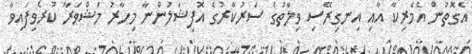
އެގޮތުން އެމެރިކާ އާއި އިނގިރޭސި ވިލާތުގެ ސަރުކާރުގެ އޮފިޝަލުންނާ މިހާރު މަޝްވަރާ ކުރެވިފައިވާ